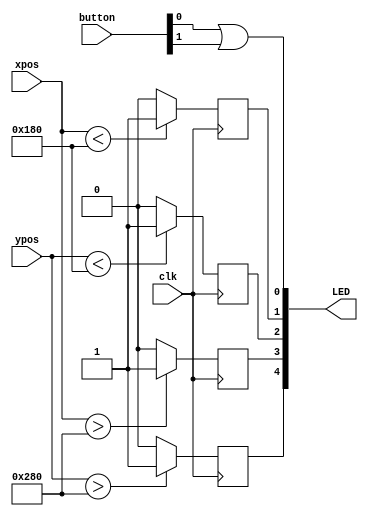
module LED_joystick(
      input			clk,
      input [9:0]	xpos,
      input [9:0]	ypos,
      input [1:0]	button,
      output [4:0] 	LED
      );
	reg xPosLED[1:0];
	reg yPosLED[1:0];
	always@(posedge clk)
		begin
		if (xpos < 384) begin
			xPosLED[0] <= 1'b1;
			end
		else begin
			xPosLED[0] <= 1'b0;
			end
		if (xpos > 640) begin
			xPosLED[1] <= 1'b1;
			end
		else begin
			xPosLED[1] <= 1'b0;
			end
		if (ypos < 384) begin
			yPosLED[1] <= 1'b1;
			end
		else begin
			yPosLED[1] <= 1'b0;
			end
        if (ypos > 640) begin
            yPosLED[0] <= 1'b1;
            end
        else begin
            yPosLED[0] <= 1'b0;
            end
		end
	assign LED[0] = button[0]|button[1];
	assign LED[1] = xPosLED[0];
	assign LED[3] = xPosLED[1];
	assign LED[4] = yPosLED[0];
	assign LED[2] = yPosLED[1];
endmodule